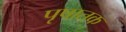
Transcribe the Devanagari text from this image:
पृषातक